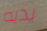
يديه